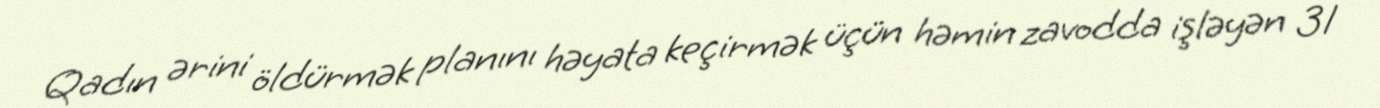
Qadın ərini öldürmək planını həyata keçirmək üçün həmin zavodda işləyən 31